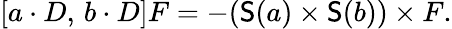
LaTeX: [a\cdot D,\, b\cdot D]F=-({\mathsf{S}}(a)\times{\mathsf{S}}(b))\times F.